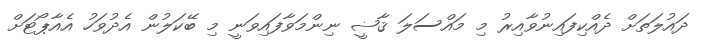
ދައުލަތަށް ދެއްކިފައިނުވާއިރު މި މައްސަލަ ޤާޟީ ނިންމަވާފައިވަނީ މި ބޭކަލުން އެދުވަހު އެއާޕޯޓަށް